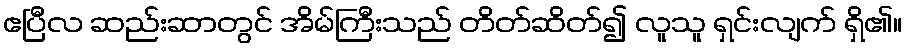
ဧပြီလ ဆည်းဆာတွင် အိမ်ကြီးသည် တိတ်ဆိတ်၍ လူသူ ရှင်းလျက် ရှိ၏။